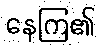
နေကြ၏